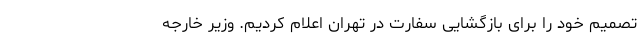
تصمیم خود را برای بازگشایی سفارت در تهران اعلام کردیم. وزیر خارجه